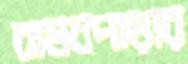
বামনপাড়ার